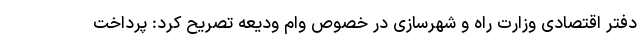
دفتر اقتصادی وزارت راه و شهرسازی در خصوص وام ودیعه تصریح کرد: پرداخت